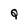
Character: Q